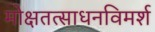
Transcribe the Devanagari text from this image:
मोक्षतत्साधनविमर्श